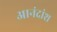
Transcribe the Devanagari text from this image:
आनंदांश